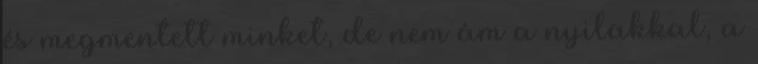
és megmentett minket, de nem ám a nyilakkal, a